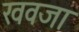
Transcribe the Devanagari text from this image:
खवजा